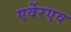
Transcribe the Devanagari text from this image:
एर्वेरएव